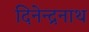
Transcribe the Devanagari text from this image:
दिनेन्द्रनाथ